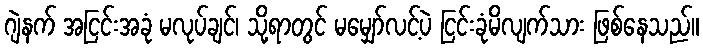
ဂျဲနက် အငြင်းအခုံ မလုပ်ချင်၊ သို့ရာတွင် မမျှော်လင့်ပဲ ငြင်းခုံမိလျက်သား ဖြစ်နေသည်။